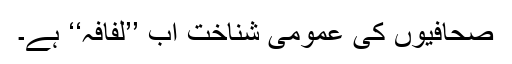
صحافیوں کی عمومی شناخت اب ’’لفافہ‘‘ ہے۔